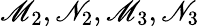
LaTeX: \mathscr{M}_{2},\mathscr{N}_{2},\mathscr{M}_{3},\mathscr{N}_{3}